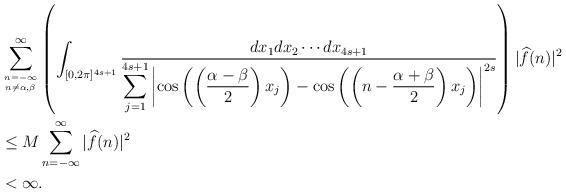
LaTeX: \begin{align*}&\sum_{{n=-\infty}\atop{n\ne \alpha,\beta}}^{\infty}\left(\int_{[0,2\pi]^{4s+1}}\frac{dx_1dx_2\cdots dx_{4s+1}} { \displaystyle\sum_{j=1}^{4s+1}\left|\cos\left(\left(\frac{\alpha-\beta}{2}\right)x_j\right)-\cos \left(\left(n-\frac{\alpha+\beta}{2}\right)x_j\right)\right|^{2s}}\right) |{\widehat f}(n)|^2 \\&\le M\sum_{n=-\infty}^{\infty}|{\widehat f}(n)|^2\\&<\infty.\end{align*}